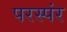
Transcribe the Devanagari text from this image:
परस्पंर